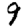
Digit: 9